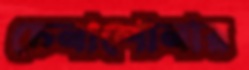
চেনাশোনার